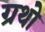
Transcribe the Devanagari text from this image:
ग्रथो